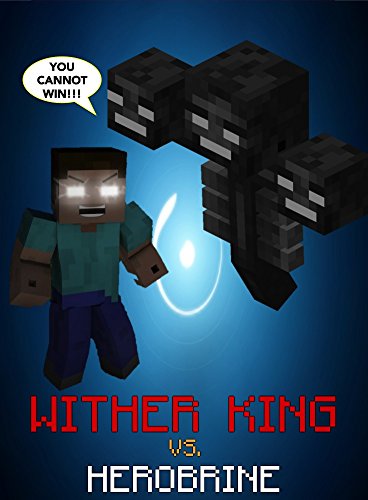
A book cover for Dawn Of The Wither King: Wither King vs. Herobrine (Minecraft Monsters Series Book 3); Ender King; Children's Books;